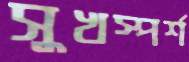
সুখস্পর্শ